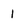
Character: 1